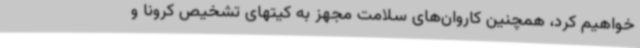
خواهیم کرد، همچنین کاروان‌های سلامت مجهز به کیتهای تشخیص کرونا و